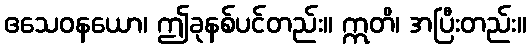
ဧသေဝနယော၊ ဤခုနစ်ပင်တည်း။ ဣတိ၊ အပြီးတည်း။